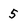
Character: 5